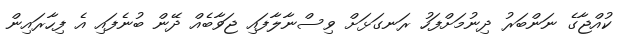
ކުއްޖާގެ ނަންބަރު ދިނުމަށްފަހު ރަނގަޅަށް ވިސްނާލާފައި ޖަވާބެއް ދޭން ބުނެފައި އެ ފިހާރައިން